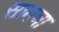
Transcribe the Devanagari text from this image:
सामचा